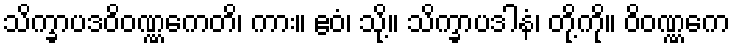
သိက္ခာပဒဝိဝဏ္ဏကေတိ၊ ကား။ ဧဝံ၊ သို့။ သိက္ခာပဒါနံ၊ တို့ကို။ ဝိဝဏ္ဏကေ